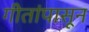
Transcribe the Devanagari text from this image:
गीतांपासून